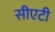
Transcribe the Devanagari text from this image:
सीएटी